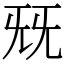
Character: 兓